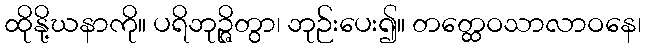
ထိုနို့ဃနာကို။ ပရိဘုဉ္ဇိတွာ၊ ဘုဉ်းပေး၍။ တတ္ထေဝသာလာဝနေ၊